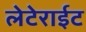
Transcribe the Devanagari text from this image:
लेटेराईट